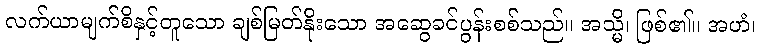
လက်ယာမျက်စိနှင့်တူသော ချစ်မြတ်နိုးသော အဆွေခင်ပွန်းစစ်သည်။ အသ္မိ၊ ဖြစ်၏။ အဟံ၊